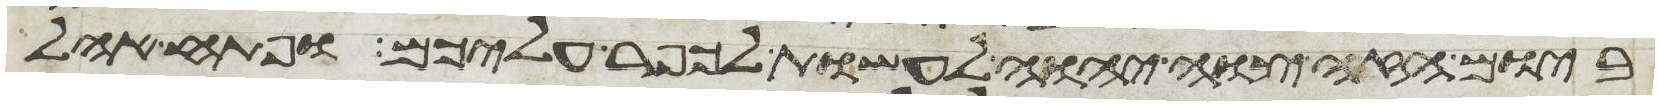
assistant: ביום הזה צוה יהוה לעשות לכפר עליכם ופתח אהל